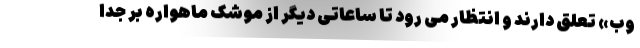
وب» تعلق دارند و انتظار می رود تا ساعاتی دیگر از موشک ماهواره بر جدا